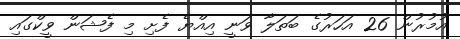
އުމުރުން 26 އަހަރުގެ ބަތަލާ ވަނީ އިއްޔެ ފެށި މި ފެޝަން ވީކްގައި